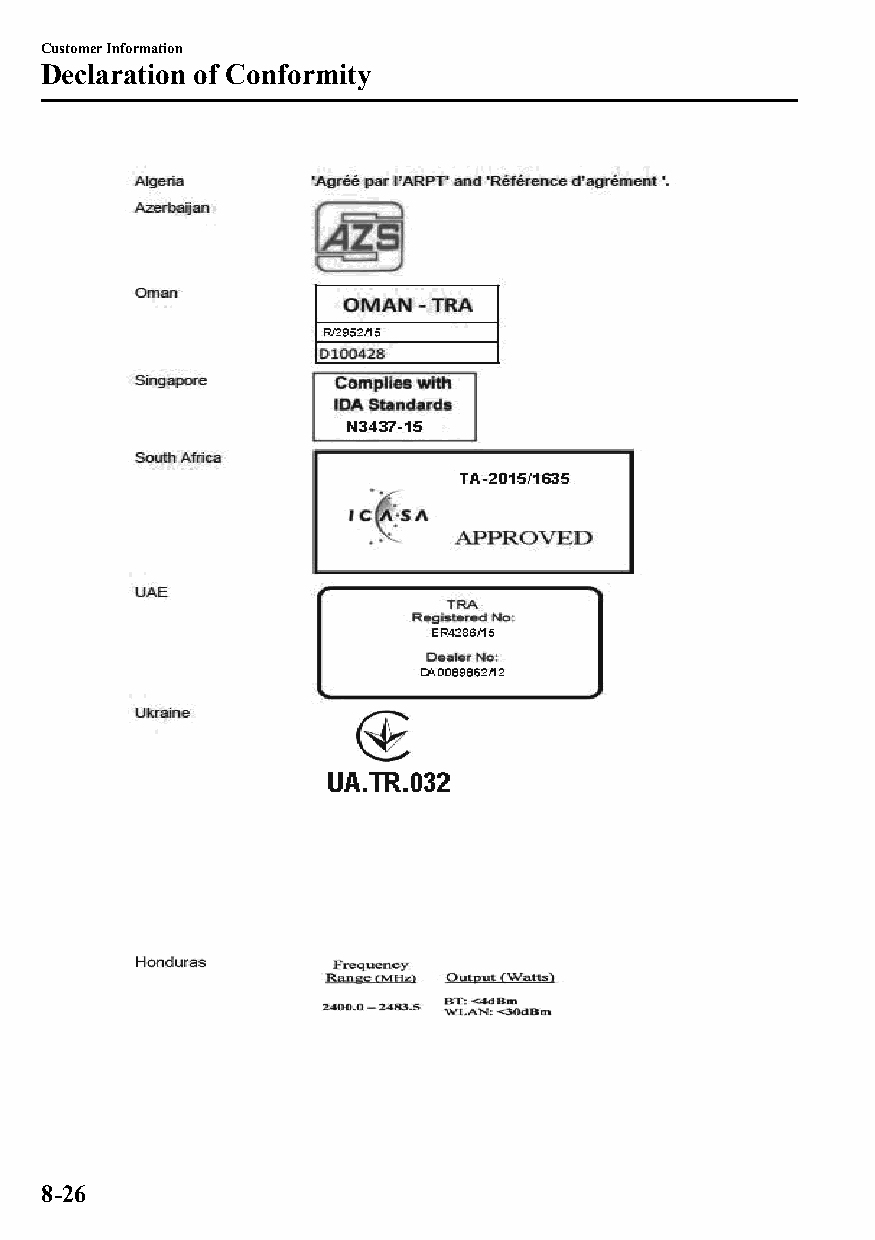
Customer Information
 Declaration of Conformity
 8-26
 CX-3_8GT4-EE-18D_Edition4                  2018-9-6 18:32:19